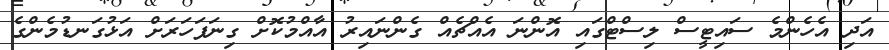
އަދި އެހެންމެ ސައިޓީސް ލިސްޓްގައި އޮންނަ އެއްޗެއް ގެންނައިރު އާއްމުކޮށް ގިނަފަހަރަށް އަޅުގަނޑުމެންގެ